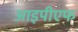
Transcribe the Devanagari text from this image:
आइपीएफ